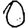
Digit: 0